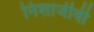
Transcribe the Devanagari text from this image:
निशाजीवी